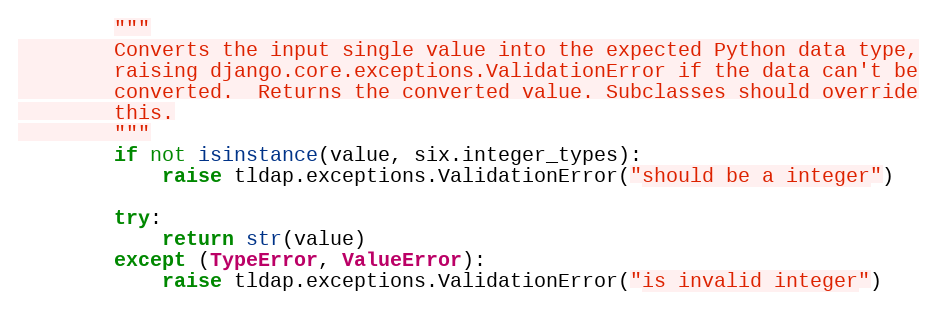
Language: Python
        """
        Converts the input single value into the expected Python data type,
        raising django.core.exceptions.ValidationError if the data can't be
        converted.  Returns the converted value. Subclasses should override
        this.
        """
        if not isinstance(value, six.integer_types):
            raise tldap.exceptions.ValidationError("should be a integer")

        try:
            return str(value)
        except (TypeError, ValueError):
            raise tldap.exceptions.ValidationError("is invalid integer")